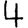
Digit: 4